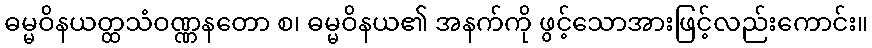
ဓမ္မဝိနယတ္ထသံဝဏ္ဏနတော စ၊ ဓမ္မဝိနယ၏ အနက်ကို ဖွင့်သောအားဖြင့်လည်းကောင်း။